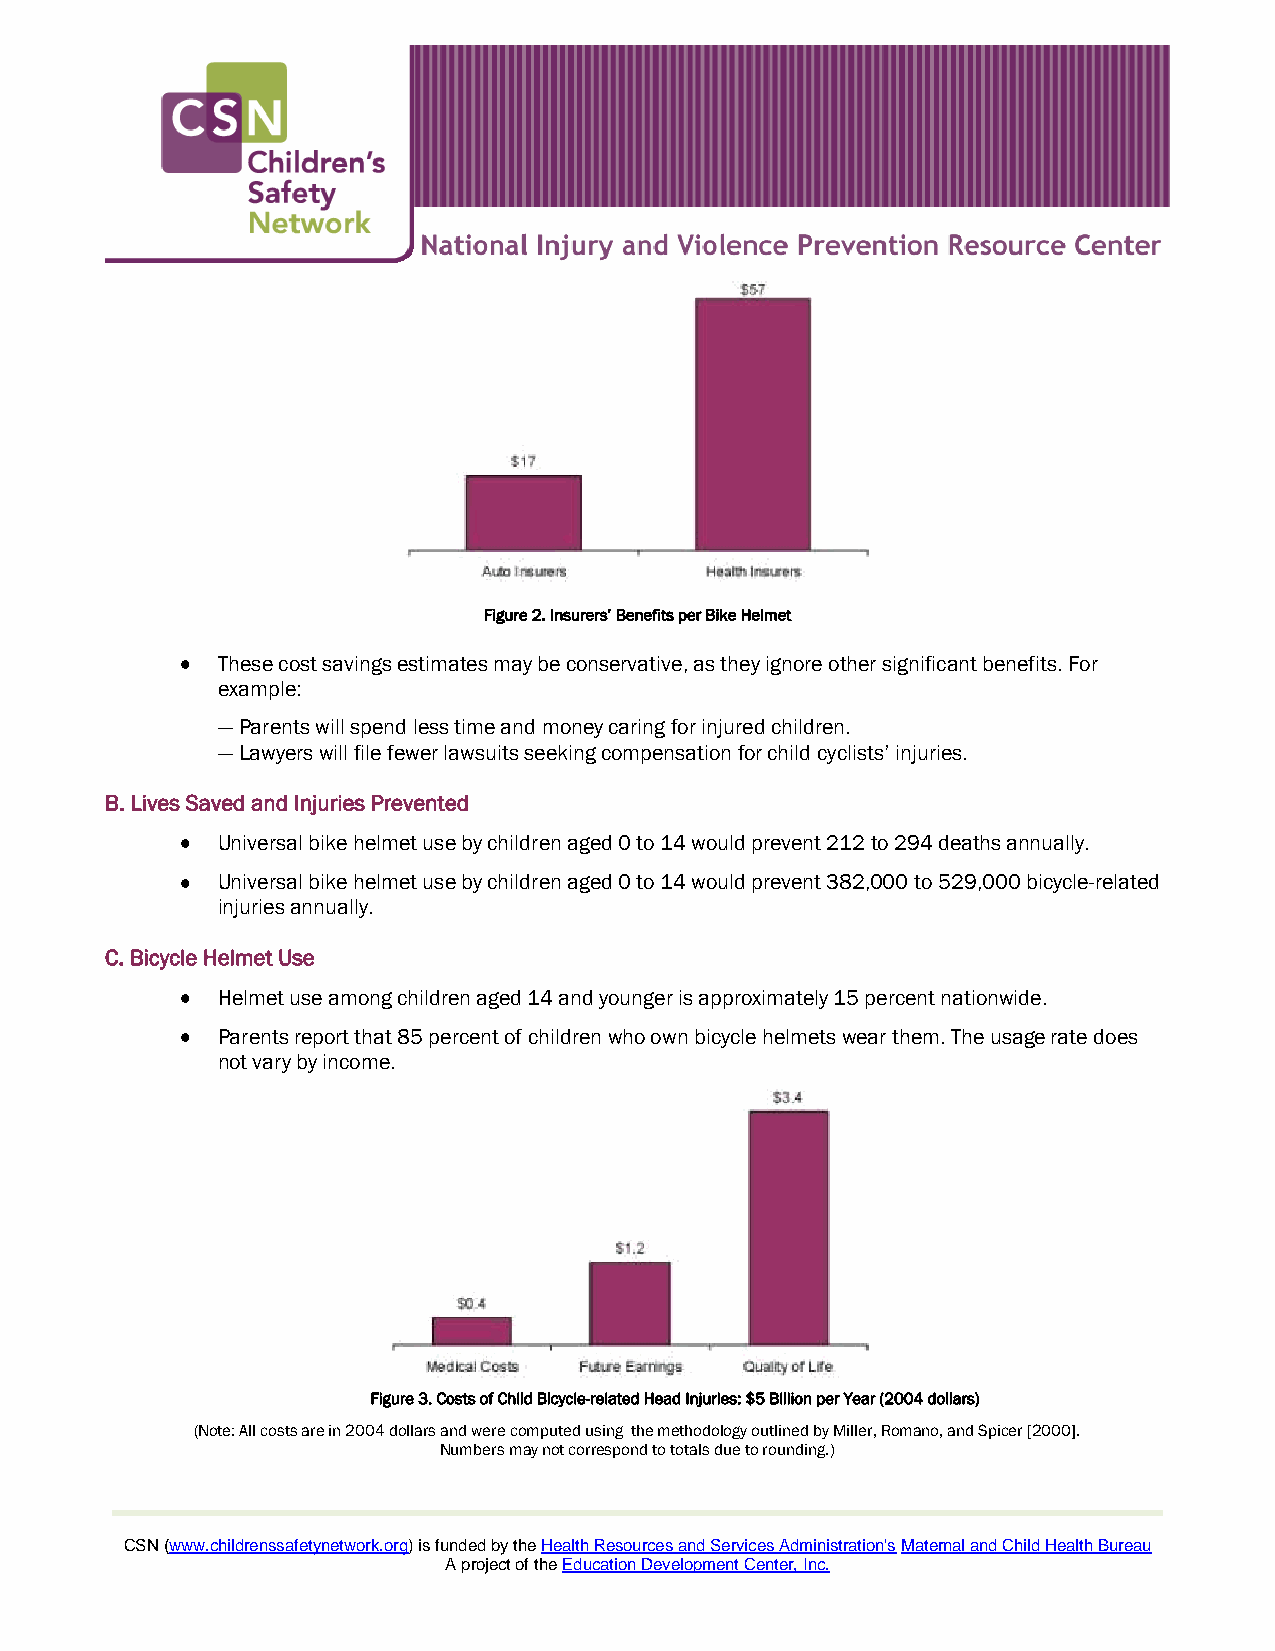
Figure 2. Insurers’ Benefits per Bike Helmet
 These cost savings estimates may be conservative, as they ignore other significant benefits. For
 example:
 ― Parents will spend less time and money caring for injured children.
 ― Lawyers will file fewer lawsuits seeking compensation for child cyclists’ injuries.
 B. Lives Saved and Injuries Prevented
 Universal bike helmet use by children aged 0 to 14 would prevent 212 to 294 deaths annually.
 Universal bike helmet use by children aged 0 to 14 would prevent 382,000 to 529,000 bicycle-related
 injuries annually.
 C. Bicycle Helmet Use
 Helmet use among children aged 14 and younger is approximately 15 percent nationwide.
 Parents report that 85 percent of children who own bicycle helmets wear them. The usage rate does
 not vary by income.
 Figure 3. Costs of Child Bicycle-related Head Injuries: $5 Billion per Year (2004 dollars)
 (Note: All costs are in 2004 dollars and were computed using the methodology outlined by Miller, Romano, and Spicer [2000].
 Numbers may not correspond to totals due to rounding.)
 CSN (www.childrenssafetynetwork.org) is funded by the Health Resources and Services Administration's Maternal and Child Health Bureau
 A project of the Education Development Center, Inc.